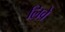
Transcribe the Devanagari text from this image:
लिवे